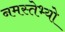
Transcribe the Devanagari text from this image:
नमस्तेभ्यो